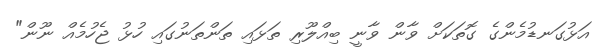
އަޅުގަނޑުމެންގެ ގޮތަކަށް ވާން ވާނީ ބިއްލޫރި ތަޅައި ތަންތަނުގައި ހުޅު ޖެހުމެއް ނޫން"